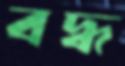
বদ্ধ